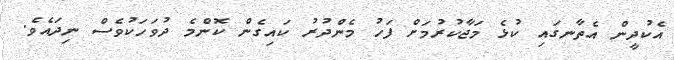
އެކުދީން އެތާނގައި ކުޅެ މަޖާކުރުމަށް ފަހު މެންދުރު ކައިގެން ކޮންމެ ދުވަހަކުވެސް ނިދައެވެ.